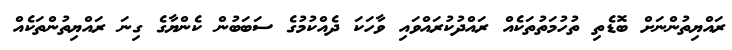
ރައްޔިތުންނަށް ބޮޑެތި ތުހުމަތުތަކެއް ރައްދުކުރައްވައި ވާހަކަ ދެއްކުމުގެ ސަބަބުން ކެންޔާގެ ގިނަ ރައްޔިތުންތަކެއް